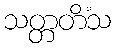
သတ္တတိံသ